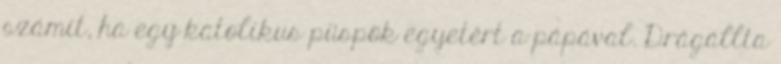
számít, ha egy katolikus püspök egyetért a pápával. Drágállta